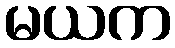
မယက